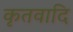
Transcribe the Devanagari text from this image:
कृतवादि